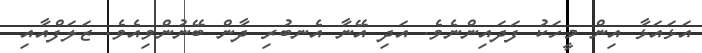
އަޅައަޅާ އިން މީހަކު ފަދައިންނެވެ. އަދި އޭނާ އެނބުރި ދާން ބޭނުންވިއެވެ. ޒަލަފްއާއި